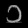
Digit: ၁